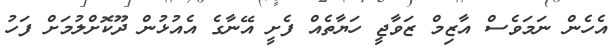
އެހެން ނަމަވެސް އާޒިމް ޒަވާޖީ ހަޔާތެއް ފެށީ އޭނާގެ އެއުޅުން ދޫކޮށްލުމަށް ފަހު